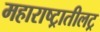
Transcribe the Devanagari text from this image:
महाराष्ट्रातीलट्र